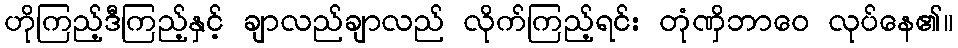
ဟိုကြည့်ဒီကြည့်နှင့် ချာလည်ချာလည် လိုက်ကြည့်ရင်း တုံဏှိဘာဝေ လုပ်နေ၏။